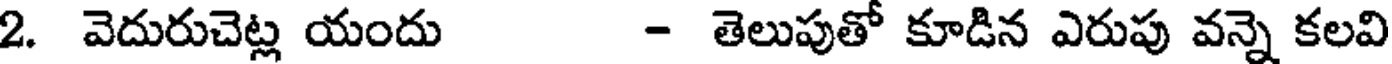
2. వెదురుచెట్ల యందు - తెలుపుతో కూడిన ఎరుపు వన్నె కలవి